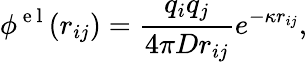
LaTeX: \phi^{\mathrm{~e~l~}}(r_{ij})=\frac{q_{i}q_{j}}{4\pi Dr_{ij}}e^{-\kappa r_{ij}},